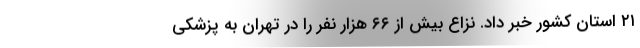
۲۱ استان کشور خبر داد. نزاع بیش از ۶۶ هزار نفر را در تهران به پزشکی